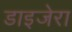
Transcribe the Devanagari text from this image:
डाइजेरा